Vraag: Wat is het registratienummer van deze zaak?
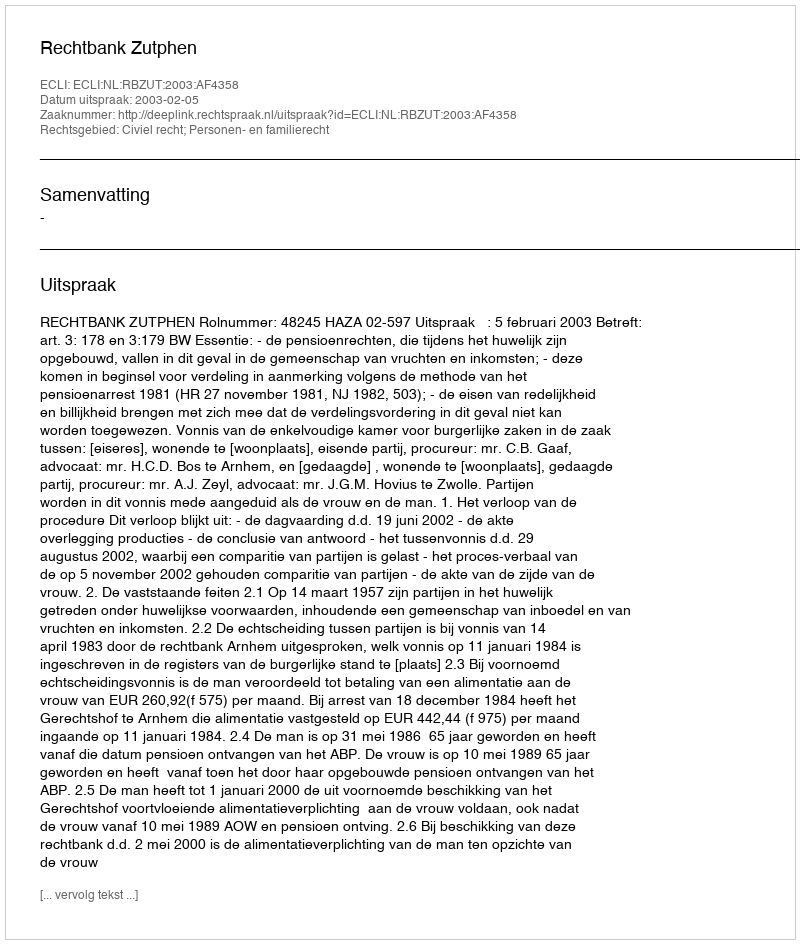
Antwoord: http://deeplink.rechtspraak.nl/uitspraak?id=ECLI:NL:RBZUT:2003:AF4358